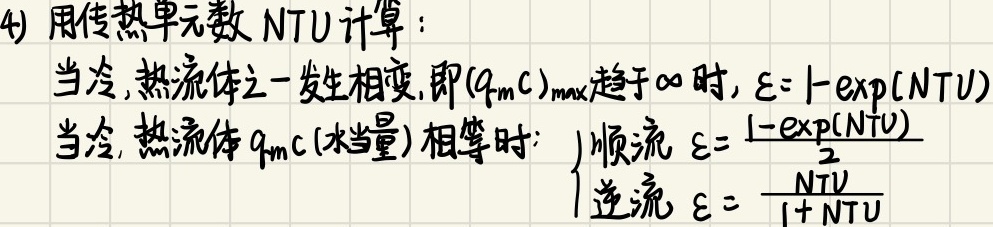
(4) 用传热单元数 NTU 计算：
当冷，热流体之一发生相变，即\((q_{m}c)_{\max}\)趋于\(\infty\)时，\(\varepsilon = 1 - \exp(NTU)\)
当冷，热流体\(q_{m}c\)(水当量)相等时：
  顺流\(\varepsilon=\frac{1 - \exp(NTU)}{2}\)
  逆流\(\varepsilon=\frac{NTU}{1 + NTU}\)